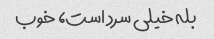
بله خیلی سرد است، خوب